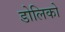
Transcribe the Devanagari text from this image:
डोलिको